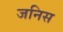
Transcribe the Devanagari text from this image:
जनिस